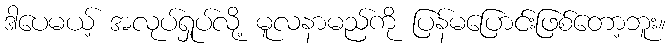
ဒါပေမယ့် အလုပ်ရှုပ်လို့ မူလနာမည်ကို ပြန်မပြောင်းဖြစ်တော့ဘူး။